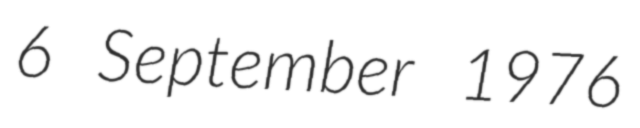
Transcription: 6 September 1976